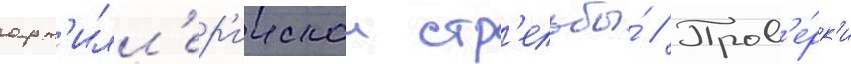
арт'илл'ер'иискои стр'ельбы́ // Пров'е́рк'и